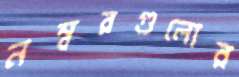
নম্বরগুলোর